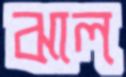
ঝাল